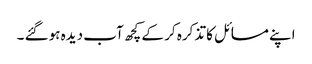
اپنے مسائل کا تذکرہ کر کے کچھ آب دیدہ ہوگئے ۔